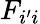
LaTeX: F_{i^{\prime}i}